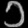
Digit: ၁